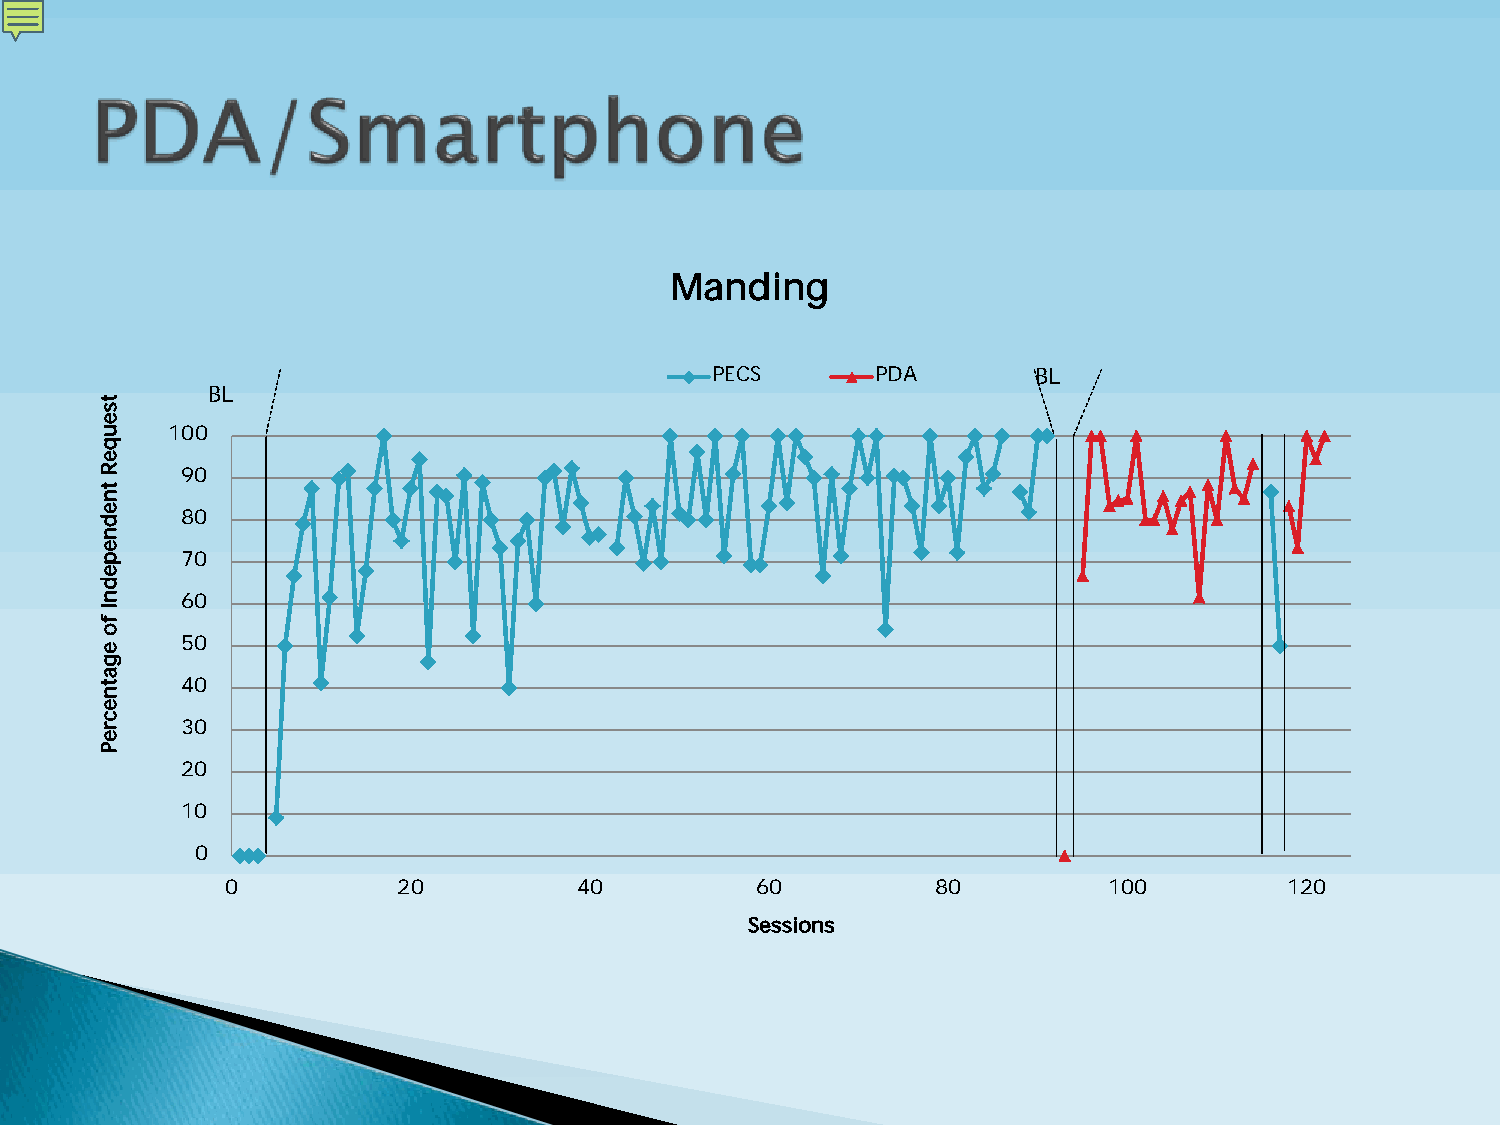
Manding
 PECS       PDA        BL
 BL
 100
 90
 80
 70
 60
 50
 40
 30
 20
 10
 0
 0          20          40          60          80         100         120
 Sessions
 tseuqeR
 tnednepednI
 fo
 egatnecreP